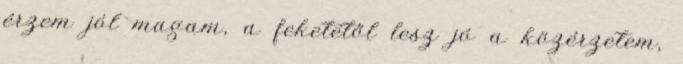
érzem jól magam, a feketétől lesz jó a közérzetem,